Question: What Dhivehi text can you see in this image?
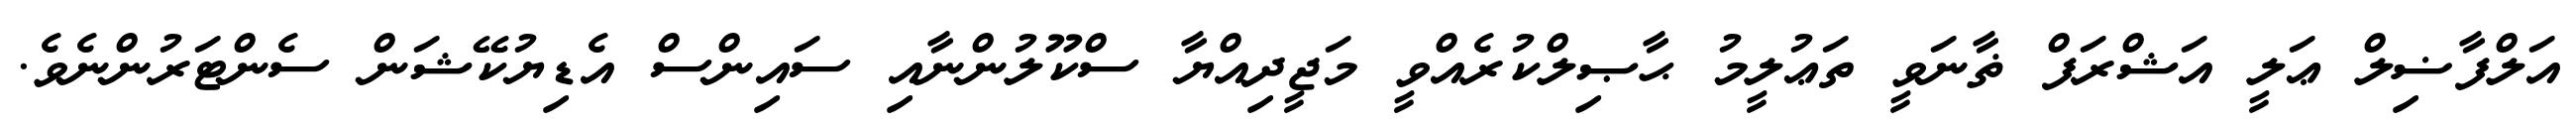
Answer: އަލްފާޟިލް ޢަލީ އަޝްރަފް ޡާނަވީ ތަޢުލީމު ޙާޞިލްކުރެއްވީ މަޖީދިއްޔާ ސްކޫލުންނާއި ސައިންސް އެޑިޔުކޭޝަން ސެންޓަރުންނެވެ.